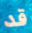
قد